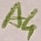
Text: A4